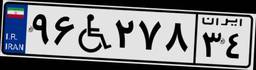
۰۳W۹۵۳۷۹